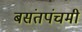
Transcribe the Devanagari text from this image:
बसंतपंचमी